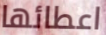
اعطائها